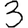
Digit: 3